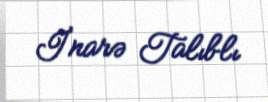
İnarə Talıblı